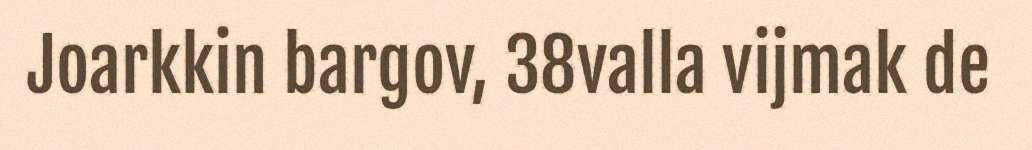
Joarkkin bargov, 38valla vijmak de